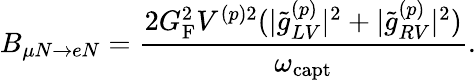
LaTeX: B_{\mu N\to eN}=\frac{2G_{\mathrm{F}}^{2}V^{(p)2}(|\tilde{g}_{LV}^{(p)}|^{2}+|\tilde{g}_{RV}^{(p)}|^{2})}{\omega_{\mathrm{capt}}}.